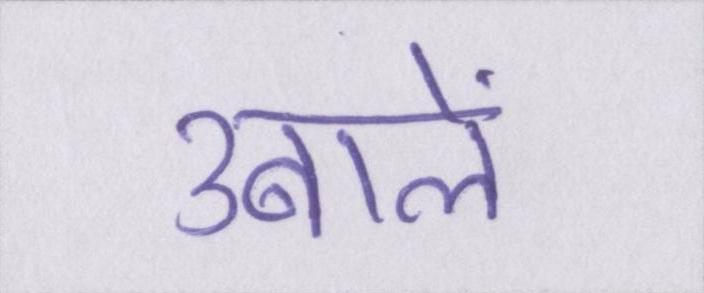
उबालें